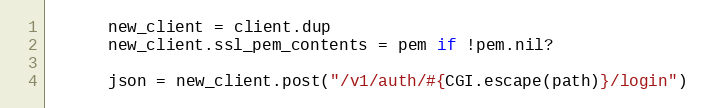
Language: Ruby
      new_client = client.dup
      new_client.ssl_pem_contents = pem if !pem.nil?

      json = new_client.post("/v1/auth/#{CGI.escape(path)}/login")